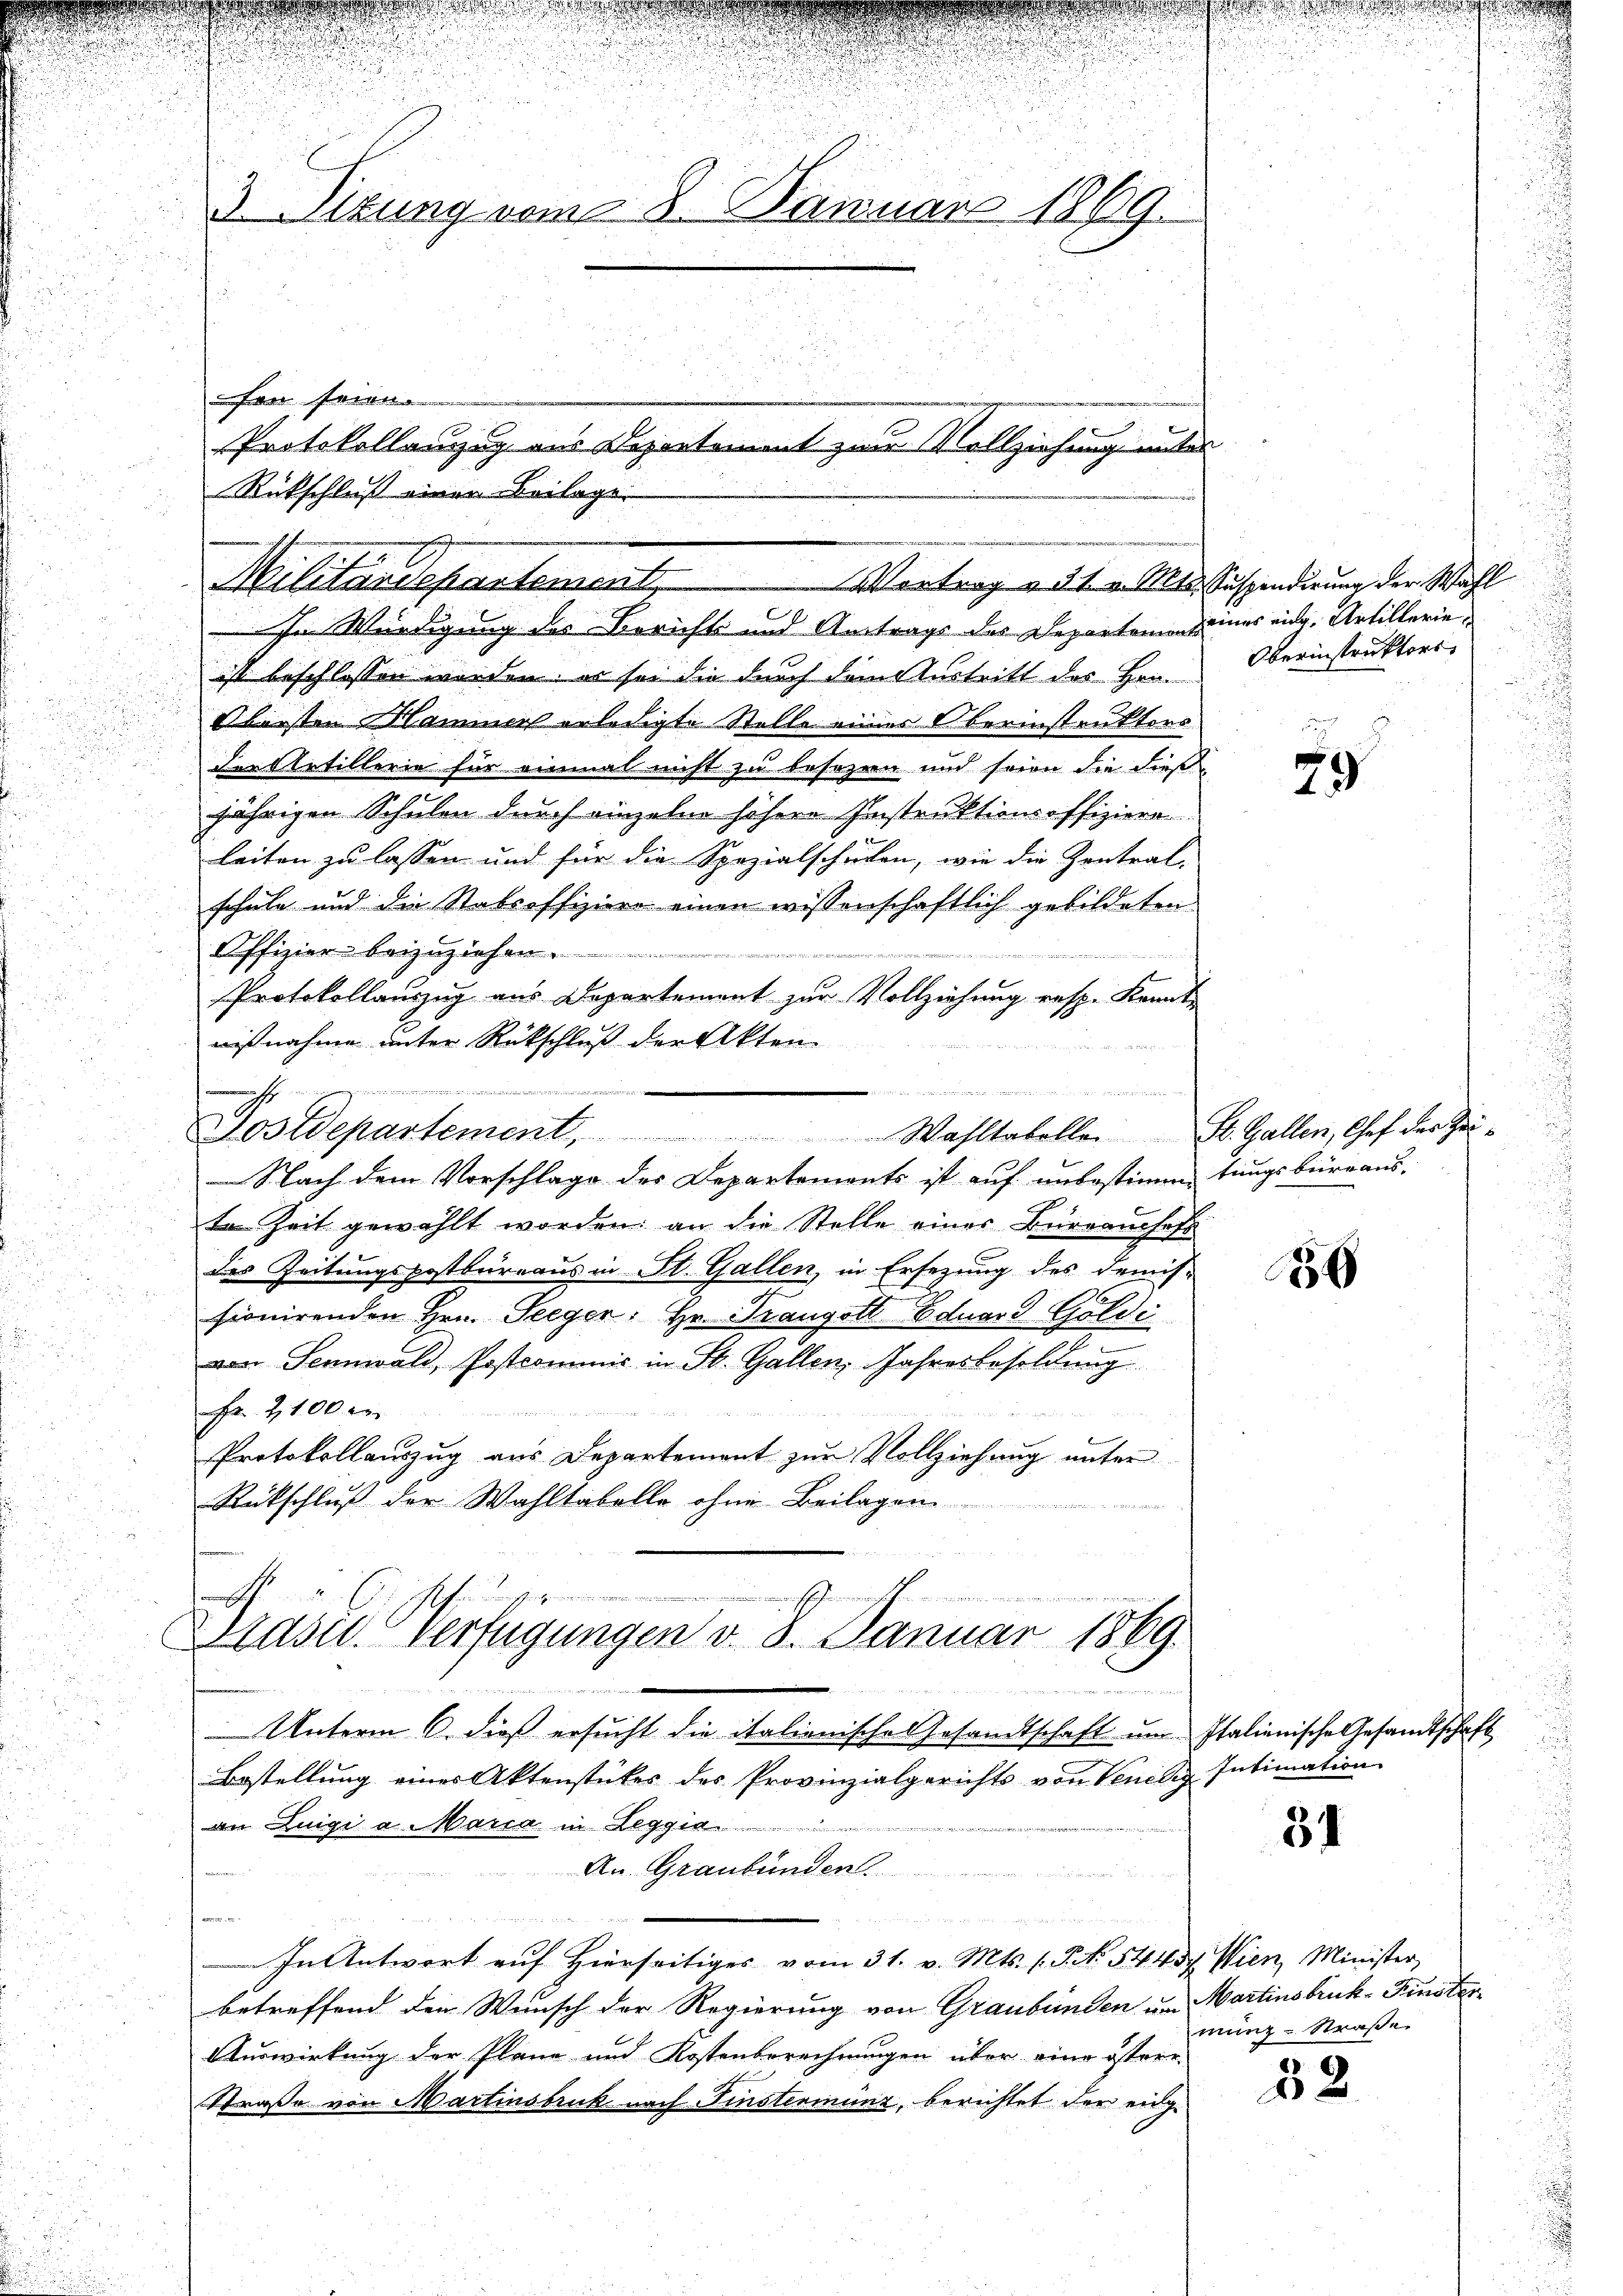
3. Sitzung vom 8. Januar 1869.

Fon seien.
Rückschluß einer Beilage
sen Würdigung des Berichts und Antrags des Departeme seines eine Artilleriei
ist beschlossen worden, es sei die durch dem Austritt des Hrn.
.
Obersten Hammen erledigte Stelle eines Oberinstruktors
Fercletillerie für einmal nicht zu besezen und seien die diese
jährigen Schulen durch einzeln höhere Instruktionsoffiziere
leiten zu lassen und für die Spezialschulen, wie die Zentral-
schule und die Stabsoffiziere einen wissenschaftlich gebildeten
Offizier beizuziehen.
e wege
Protokollanzug aus Departement zur Vollziehung resp. Kannt
nißnahme unter Rückschluß der Akten.

 votirte unter den wir unendenden eredi
s
Postdepartement. Wahltabello St. Gallen, Chef der Zei-
Nach dem Vorschlage des Departemonts ist auf unbestimmtungsbüreaus,
te Zeit gewählt worden; an die Stelle einer Büreauschaft
des Zeitungskostbureaus in St. Gallen, in Ersezung des Demis-
sionirenden Hrn. Seeger; Hr. Prangott Eduard Göldi
von Sennwald, Postcommis in St. Gallen, Jahresbesoldung
Fr. 2100 er
Protokollauszug aus Departement zur Vollziehung unter
Rückschluß der Wahltabelle ohne Beilagen

Protokollanzig aus Departement zur Vollziehung e

Militärdepartement. Wertung ad a. Als Suspendierung der Wahl

rasu Verfügungen d. 8. Januar 1869.
d

Unterm 6. dieß ersucht die italienische Gesandtschaft um Italienische Gesandtschaft
Bestellung eines Aktenstückes des Provinzialgerichts von Venedig Intimation
an Luigi a Marca in Leggia
An Graubünden
u

  .
In Antwort auf hierseitiges vom 31. v. Mts. 1. No. 54. 457. Wien, Minister
betreffend den Wunsch der Regierung von Graubünden um Martinsbruk-Finster
Auswirkung der Pläne und Kostenberechnungen über eine österr
Straße von Martinsbruk nach Finsterminz, berichtet der eige

d

Oberinstruktors,

u

29

.

56

31

mung - Straße

52